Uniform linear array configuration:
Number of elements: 12
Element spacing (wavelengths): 0.5
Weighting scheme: hamming
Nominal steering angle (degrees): -60
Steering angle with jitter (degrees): -61.805
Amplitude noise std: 0.05
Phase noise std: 0.05

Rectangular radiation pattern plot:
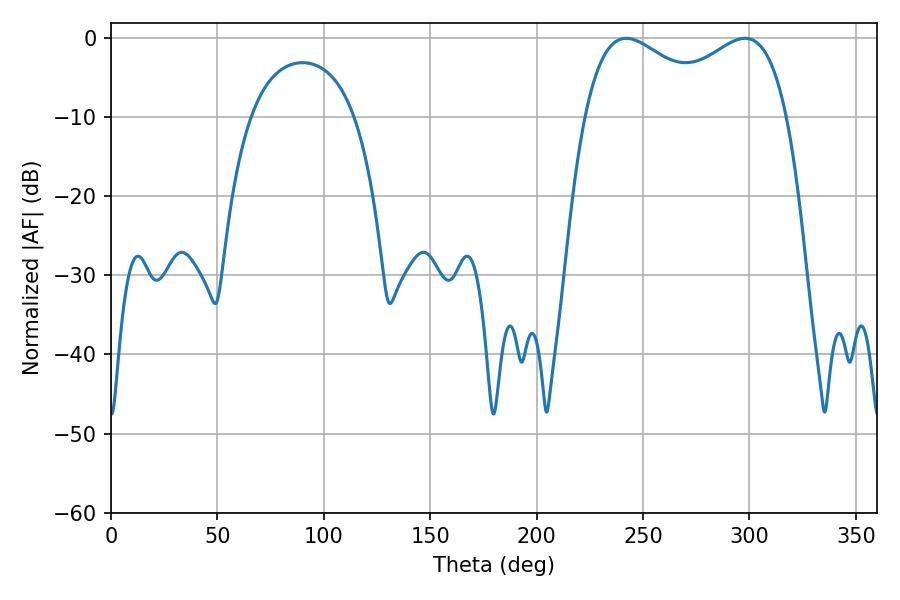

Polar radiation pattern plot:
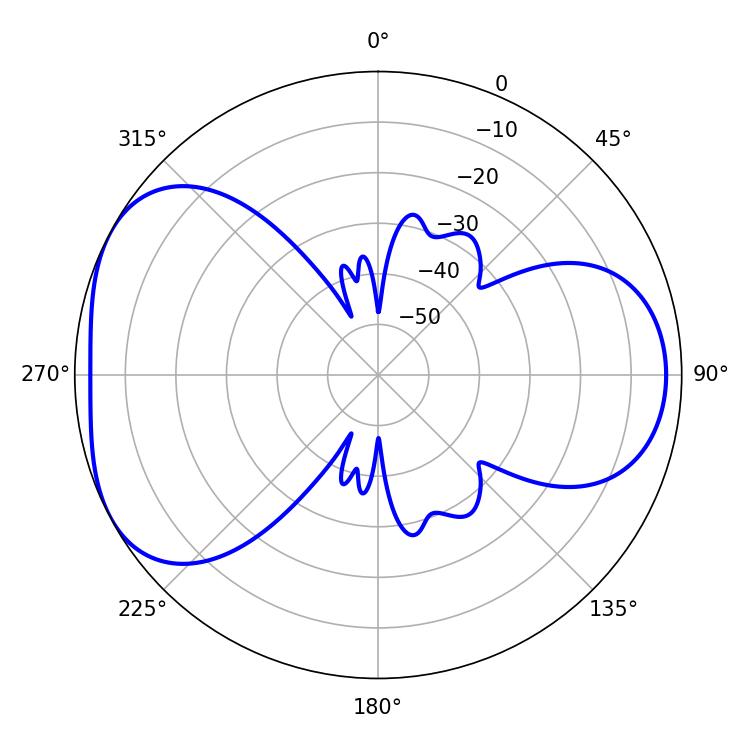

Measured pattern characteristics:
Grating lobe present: FALSE
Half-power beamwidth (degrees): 36.72
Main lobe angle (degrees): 242.1